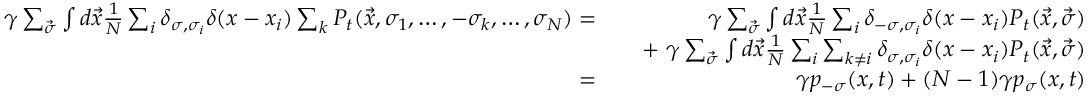
\begin{array} { r l r } { \gamma \sum _ { \vec { \sigma } } \int d \vec { x } \frac { 1 } { N } \sum _ { i } \delta _ { \sigma , \sigma _ { i } } \delta ( x - x _ { i } ) \sum _ { k } { \cal P } _ { t } ( \vec { x } , \sigma _ { 1 } , \dots , - \sigma _ { k } , \dots , \sigma _ { N } ) = } & { } & { \ \gamma \sum _ { \vec { \sigma } } \int d \vec { x } \frac { 1 } { N } \sum _ { i } \delta _ { - \sigma , \sigma _ { i } } \delta ( x - x _ { i } ) { \cal P } _ { t } ( \vec { x } , \vec { \sigma } ) } \\ & { } & { + \ \gamma \sum _ { \vec { \sigma } } \int d \vec { x } \frac { 1 } { N } \sum _ { i } \sum _ { k \neq i } \delta _ { \sigma , \sigma _ { i } } \delta ( x - x _ { i } ) { \cal P } _ { t } ( \vec { x } , \vec { \sigma } ) } \\ { = } & { } & { \ \gamma p _ { - \sigma } ( x , t ) + ( N - 1 ) \gamma p _ { \sigma } ( x , t ) } \end{array}